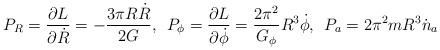
LaTeX: \begin{align*}P_{R}=\frac{\partial L}{\partial \dot{R}}=-\frac{3\pi R\dot{R}}{2G},\hspace{0.2cm} P_{\phi}=\frac {\partial L}{\partial\dot{\phi}}=\frac{2\pi^{2}}{G_{\phi}}R^{3}\dot{\phi},\hspace{0.2cm}P_{a}=2\pi^{2}mR^{3}\dot{n}_{a}\end{align*}